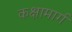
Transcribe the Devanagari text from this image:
कक्षामार्ग